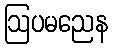
ဩပမညေန